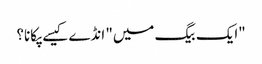
"ایک بیگ میں" انڈے کیسے پکانا؟